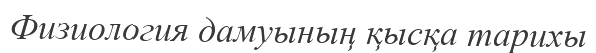
Физиология дамуының қысқа тарихы